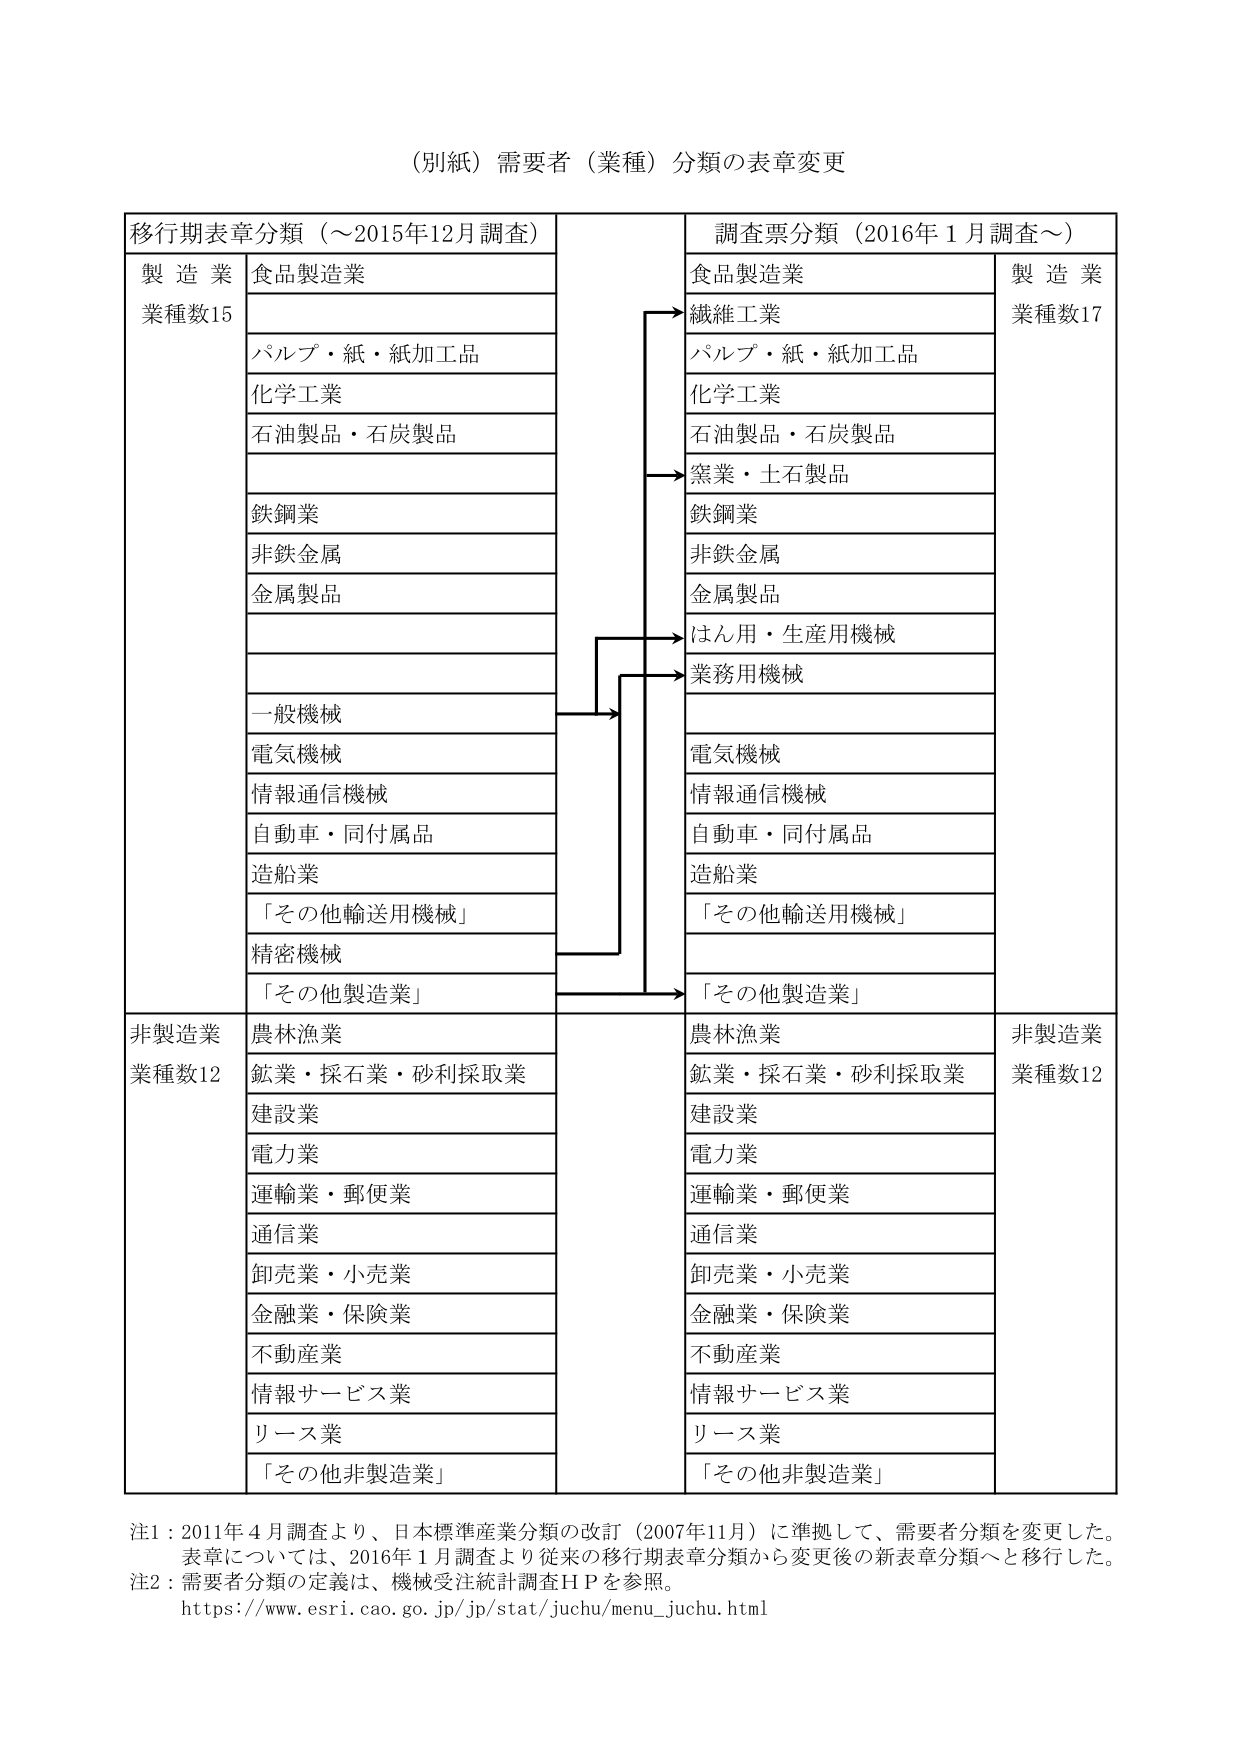
（別紙）需要者（業種）分類の表章変更

移行期表章分類（～2015年12月調査）
製造業
業種数15
食品製造業
パルプ・紙・紙加工品
化学工業
石油製品・石炭製品
鉄鋼業
非鉄金属
金属製品
一般機械
電気機械
情報通信機械
自動車・同付属品
造船業
「その他輸送用機械」
精密機械
「その他製造業」

非製造業
業種数12
農林漁業
鉱業・採石業・砂利採取業
建設業
電力業
運輸業・郵便業
通信業
卸売業・小売業
金融業・保険業
不動産業
情報サービス業
リース業
「その他非製造業」

調査票分類（2016年1月調査～）
食品製造業
繊維工業
パルプ・紙・紙加工品
化学工業
石油製品・石炭製品
窯業・土石製品
鉄鋼業
非鉄金属
金属製品
はん用・生産用機械
業務用機械
電気機械
情報通信機械
自動車・同付属品
造船業
「その他輸送用機械」
「その他製造業」

製造業
業種数17

農林漁業
鉱業・採石業・砂利採取業
建設業
電力業
運輸業・郵便業
通信業
卸売業・小売業
金融業・保険業
不動産業
情報サービス業
リース業
「その他非製造業」

非製造業
業種数12

注1：2011年4月調査より、日本標準産業分類の改訂（2007年11月）に準拠して、需要者分類を変更した。表章については、2016年1月調査より従来の移行期表章分類から変更後の新表章分類へと移行した。
注2：需要者分類の定義は、機械受注統計調査ＨＰを参照。
https://www.esri.cao.go.jp/jp/stat/juchu/menu_juchu.html